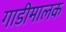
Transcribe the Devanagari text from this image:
गाडीमालक